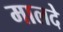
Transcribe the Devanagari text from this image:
मालदे